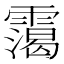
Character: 𩅳